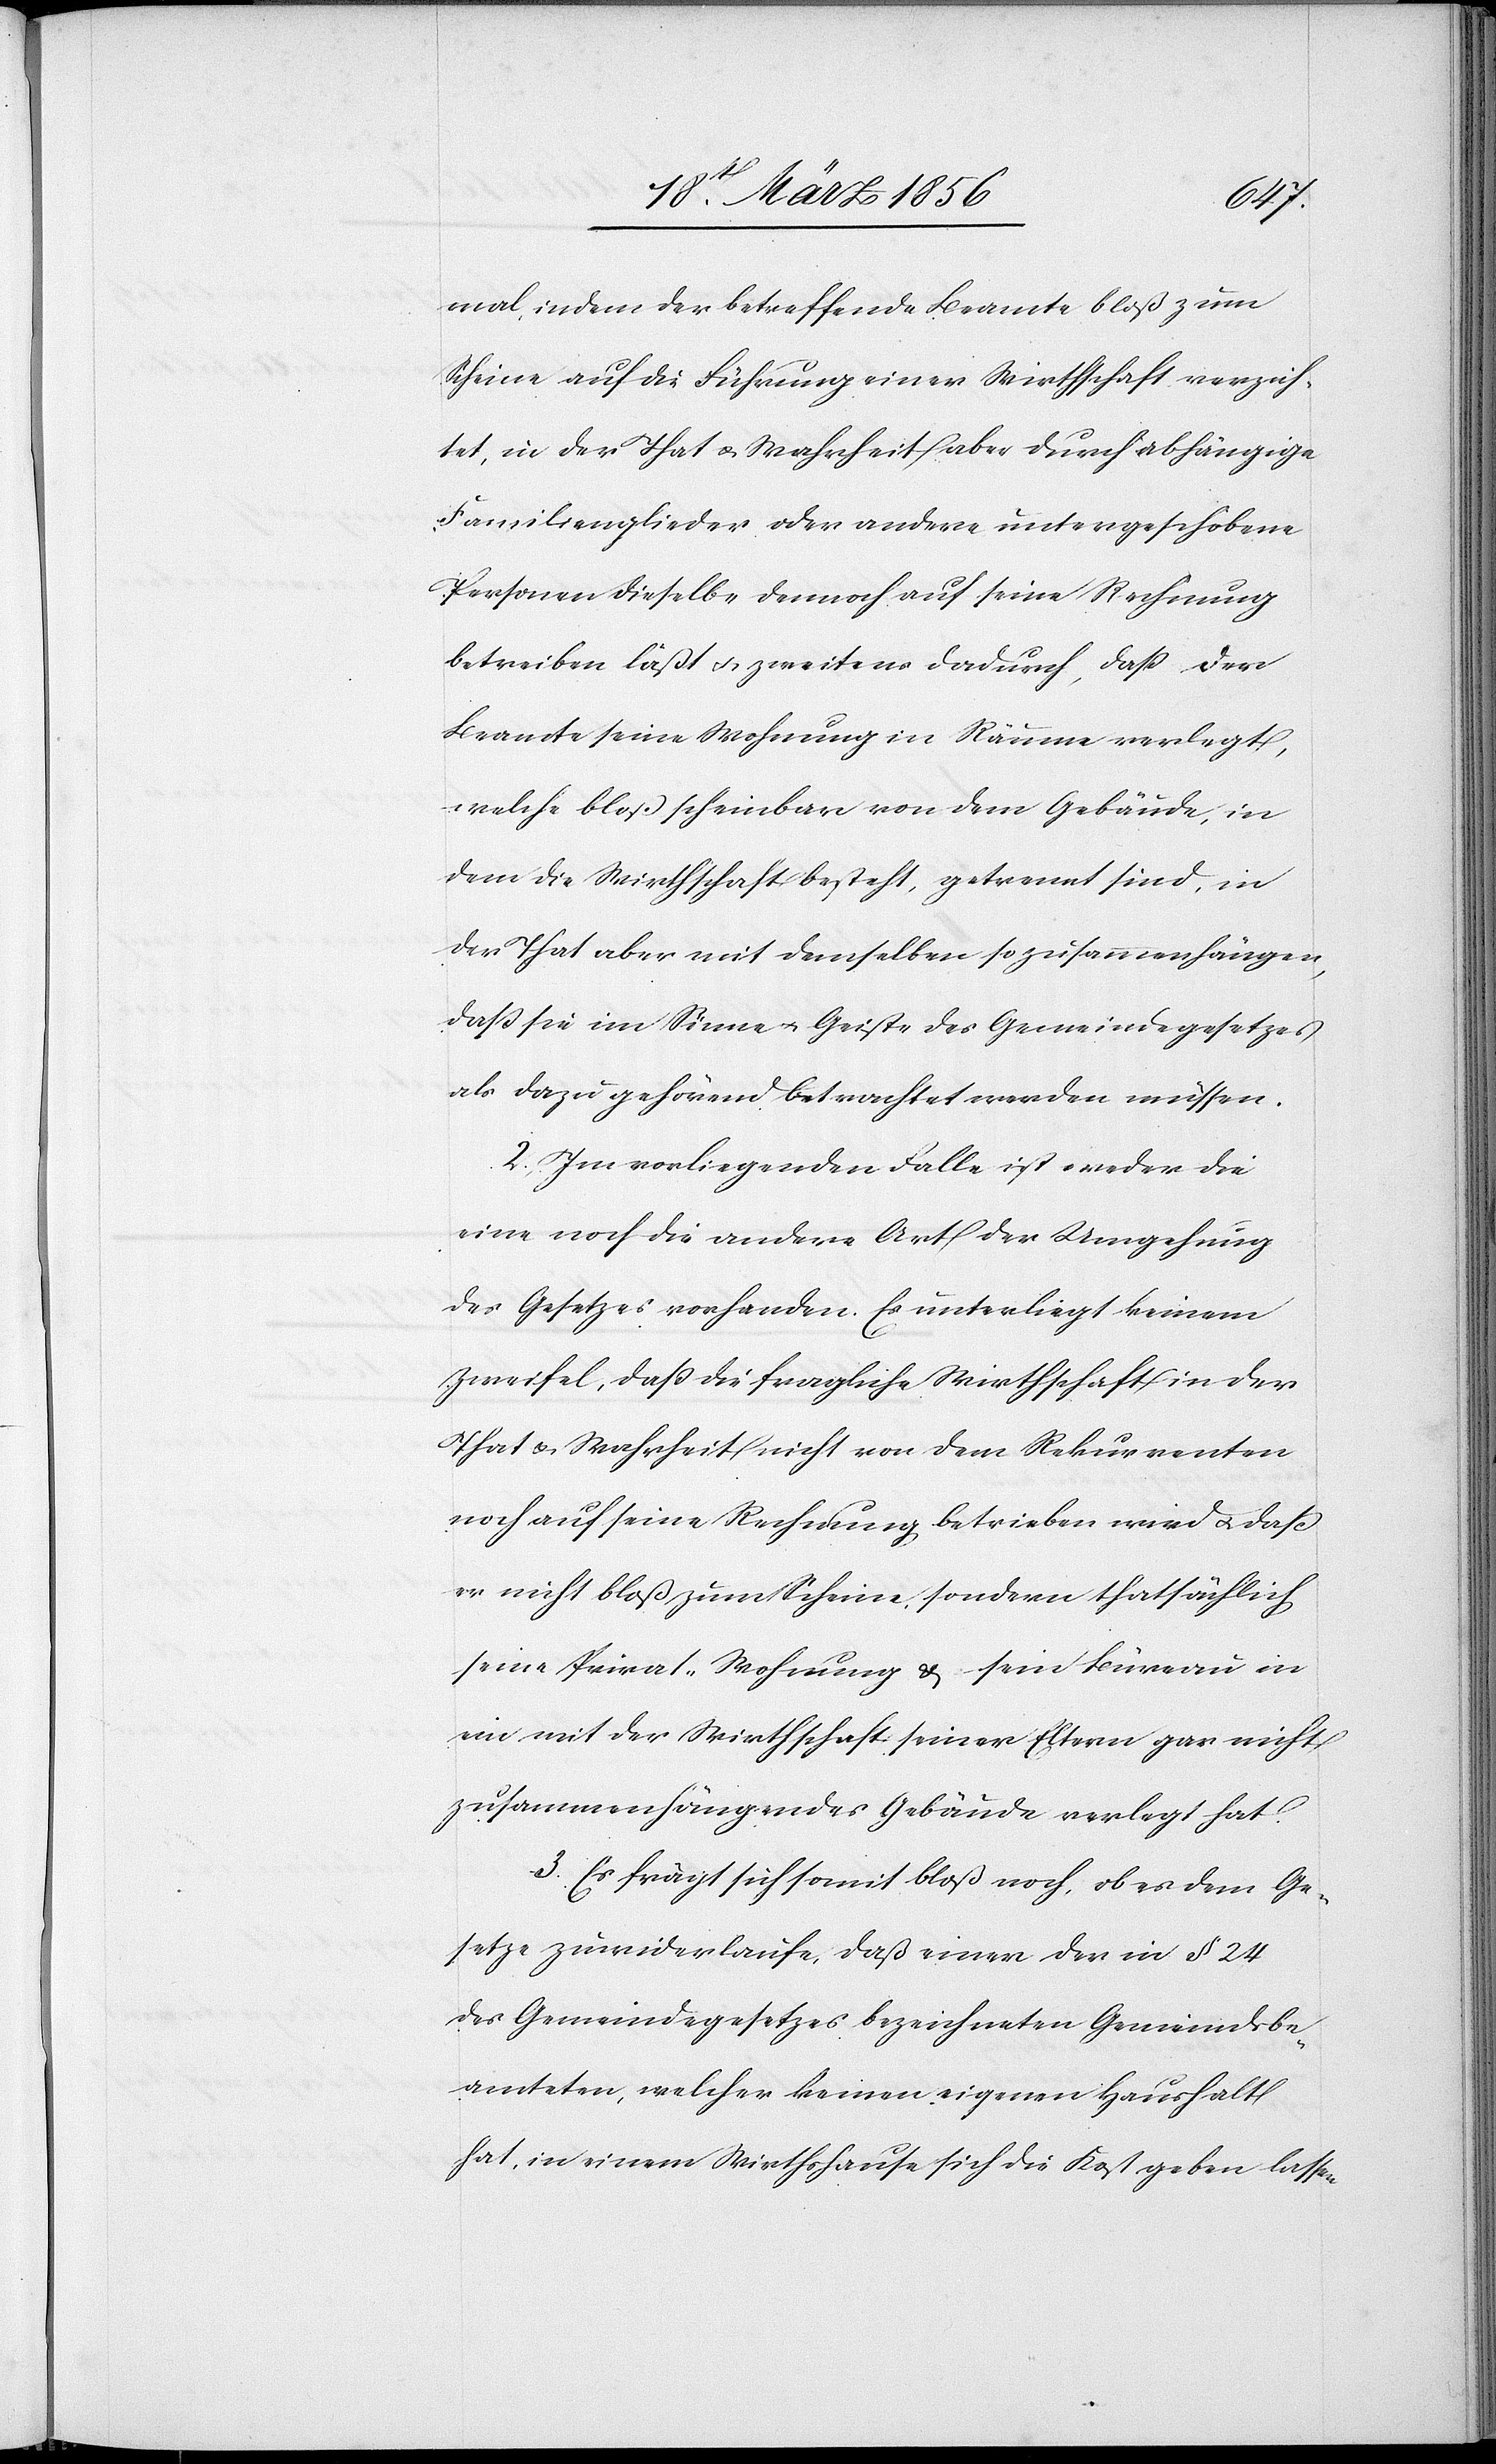
mal, indem der betreffende Beamte bloß zum
Scheine auf die Führung einer Wirthschaft verzich¬
tet, in der That u. Wahrheit aber durch abhängige
Familienglieder oder andere untergeschobene
Personen dieselbe dennoch auf seine Rechnung
betreiben läßt u. zweitens dadurch, das der
Beamte seine Wohnung in Räume verlegt,
welche bloß scheinbar von dem Gebäude, in
dem die Wirthschaft besteht, getrennt sind, in
der That aber mit denselben so zusammenhängen,
das sie im Sinne u. Geiste des Gemeindegesetzes
als dazu gehörend betrachtet werden müssen.
2. Im vorliegenden Falle ist weder die
eine noch die andere Art der Umgehung
des Gesetzes vorhanden. Es unterliegt keinem
Zweifel, daß die fragliche Wirthschaft in der
That & Wahrheit nicht von dem Rekurrenten
noch auf seine Rechnung betrieben wird u. daß
er nicht bloß zum Scheine, sondern thatsächlich
seine Privat-Wohnung & sein Büreau in
ein mit der Wirthschaft seiner Eltern gar nicht
zusammenhängendes Gebäude verlegt hat.
3. Es frägt sich somit bloß noch, ob es dem Ge¬
setze zuwiderlaufe, das einer der in § 24
des Gemeindegesetzes bezeichneten Gemeindsbe¬
amteten, welcher keinen eigenen Haushalt
hat, in einem Wirthshause sich die Kost geben lassen